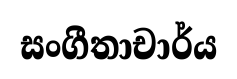
සංගීතාචාර්ය